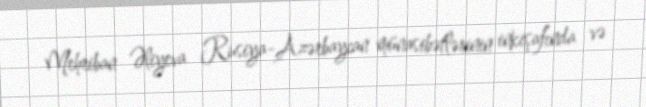
Mehriban Əliyeva Rusiya-Azərbaycan münasibətlərinin inkişafında və